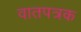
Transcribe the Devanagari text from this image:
वातपत्रक